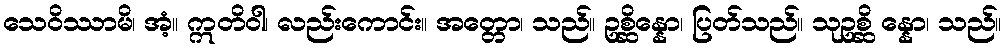
သေဝိဿာမိ၊ အံ့။ ဣတိဝါ၊ လည်းကောင်း။ အတ္တော၊ သည်။ ဥစ္ဆိန္နော၊ ပြတ်သည်။ သုဥစ္ဆိ န္နော၊ သည်။